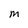
Character: M